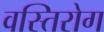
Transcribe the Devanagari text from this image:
वस्तिरोग